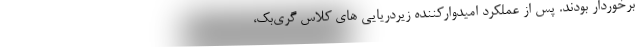
برخوردار بودند. پس از عملکرد امیدوارکننده زیردریایی های کلاس گری‌بک،